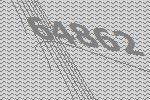
64862